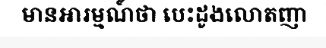
មានអារម្មណ៍ថា បេះដូងលោតញា